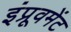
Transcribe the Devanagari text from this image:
इंप्रूवमेंट